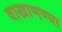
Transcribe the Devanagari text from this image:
वाखाणण्या